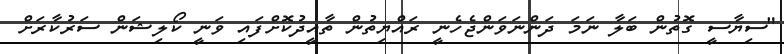
"ސިޔާސީ ގޮތުން ބަލާ ނަމަ ދަންނަވަންޖެހެނީ ރައްޔިތުން ތާއީދުކޮށްފައި ވަނީ ކޯލިޝަން ސަރުކާރަށް